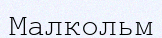
Малкольм